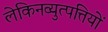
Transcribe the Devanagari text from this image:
लेकिनव्युत्पत्तियों